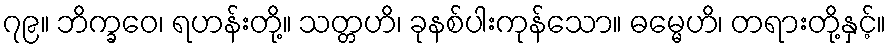
၇၉။ ဘိက္ခဝေ၊ ရဟန်းတို့။ သတ္တဟိ၊ ခုနစ်ပါးကုန်သော။ ဓမ္မေဟိ၊ တရားတို့နှင့်။